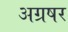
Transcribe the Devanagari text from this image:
अग्रषर